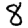
Digit: 8